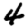
Digit: 4